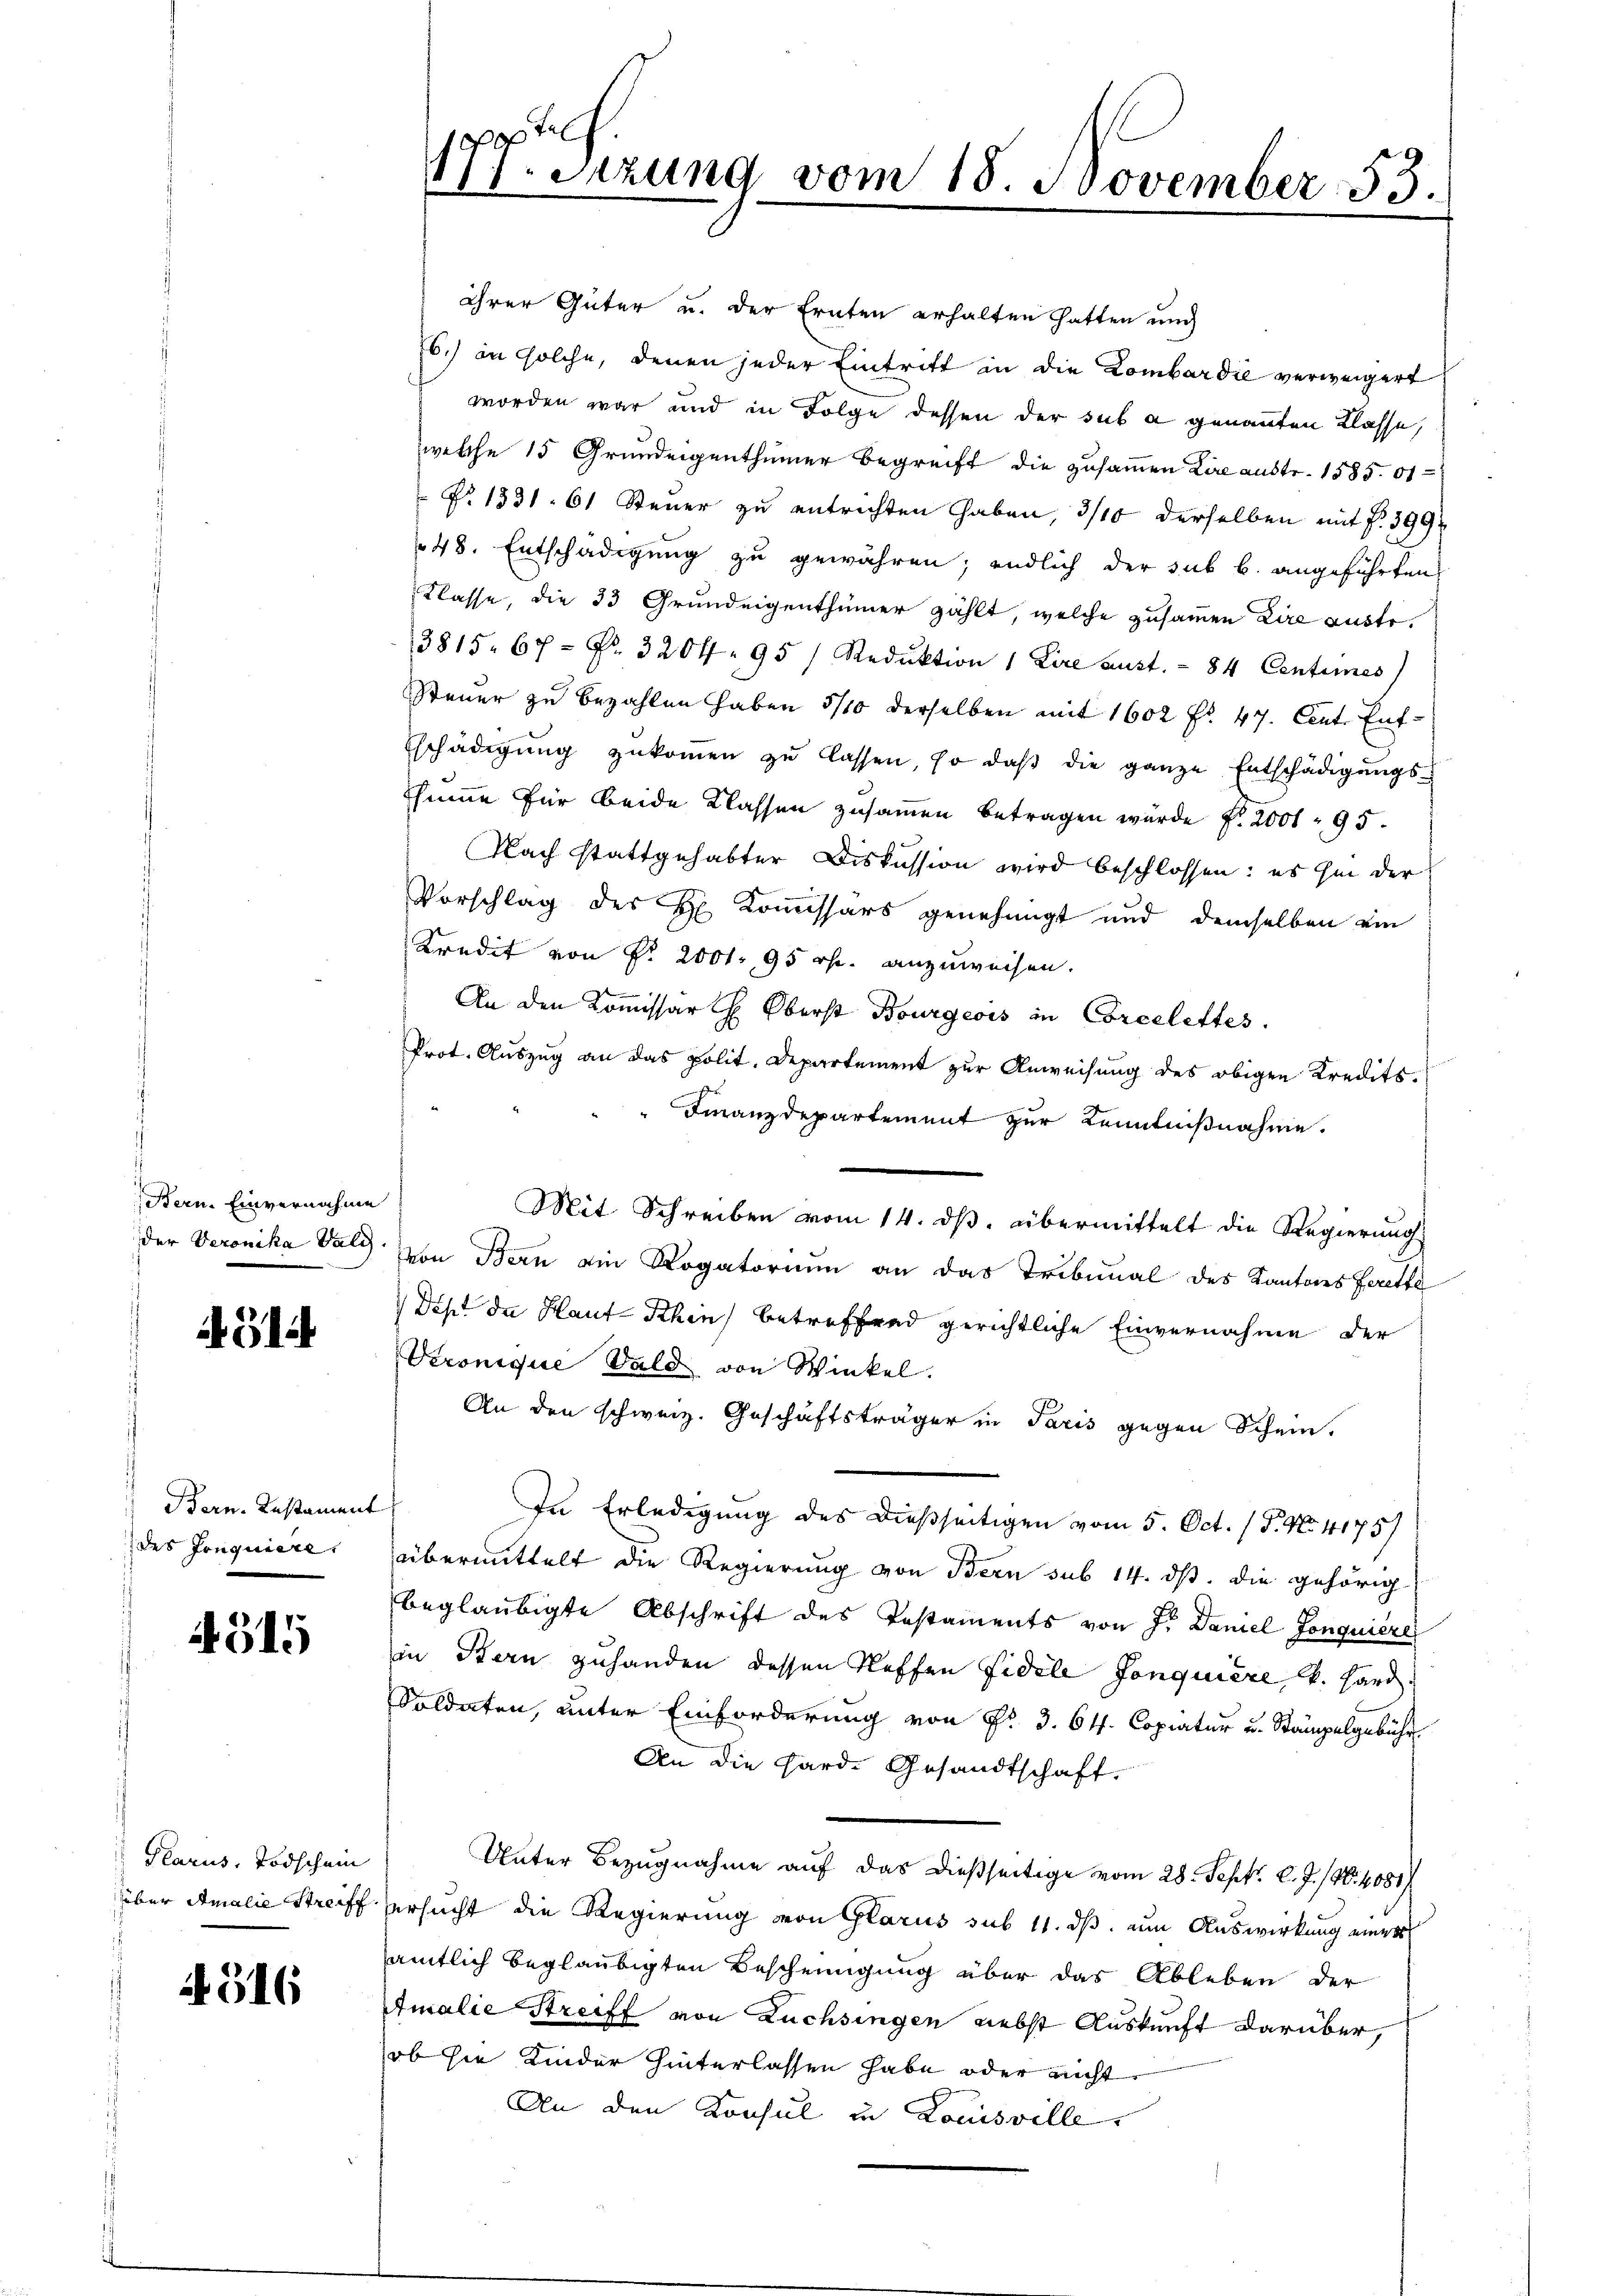
Bern. Einvernahme

A. 214.

Bern. Testament
des Jonquière.

4315

Plarus, Todschein

4516

ihrer Güter u. der Ernten erhalten hatten und
76.) an solche, denen jeder Eintritt in die Lombardie verweigert
worden war und in Folge dessen der sub a genannten Klasse,
welche 15 Grundeigenthümer Begreift die zusammen Lire austr. 1585. 61
 No 1331. 61 Steuer zu entrichten Gaben, 3/10 derselben mit §. 399
48. Entschädigung zu gewähren; endlich der sub b. angeführten
Klasse, die 33 Grundeigenthümer zählt, welche zusammen Lire austr.
3815. 67 = Fr. 320 f. 95 / Reduktion 1 Lire aust. - 84 Centimes
Steuer zu bezahlen haben 5/10 derselben mit 1602 f. 47. Cent. Ent-
schädigung zukommen zu lassen, so daß die ganze Entschädigungs-
thume für beide Klassen zusammen betragen wurde f. 2001 95.
Nach stattgehabter Diskussion wird beschlossen: es sei der
Vorschlag des H. Komissärs genehmigt und demselben ein
Kredit von Fr. 2001. 95 r. anzuweisen.
u
An den Kommissart Oberst Bourgeois in Corcelettes.
Prot. Auszug an das polit. Departement zur Anweisung des obigen Kredits¬
Finanzdepartement zur Kenntnißnahme.
Mit Schreiben vom 14. ds. übermittelt die Regierung
der Veronika bald von Bern ein Rogatorium an das Tribunal des Kantons Fett
Diht da Haut-Khin) betreffend gerichtliche Einvernahme der
Veronique Wald von Winkel.
An den schweiz. Geschäftsträger in Paris gegen Schein.
In Erledigung des dießseitigen vom 5. Oct. (T. No. 4175)
übermittelt die Regierung von Bern sub 14. ds. die gehörig
beglaubigte Abschrift des Testaments von J. Daniel Gonquière
in Stern zuhanden dessen Stoffen Fidele Jonquière v. Hard
Soldaten, unter Einforderung von P. 3. 64. Copiatur u. Stampelgebühr.
An die Hard- Gesandtschaft.
Unter Bezugnahme auf das dießseitige vom 28. Sept. l. J. (N. 4081/
über Amalie Streiff ersucht die Regierung von Glarus sub 11. ds, um Auswirkung einver
sämtlich beglaubigten Bescheinigung über das Ableben der
Amalie Streiff von Züchsingen nebst Auskunft darüber,
ob sie Kinder hinterlassen habe oder nicht
An den Konsul in Louisville

Tel
177. Sitzung vom 18. November 53.